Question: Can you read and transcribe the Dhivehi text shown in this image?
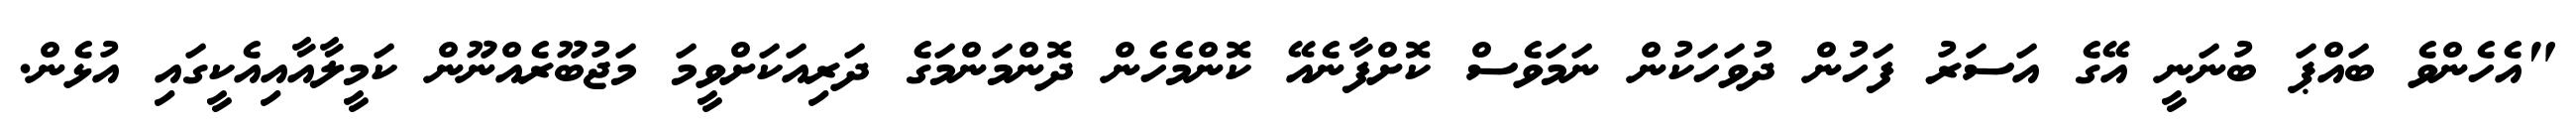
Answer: "އެހެންވެ ބައްޕަ ބުނަނީ އޭގެ އަސަރު ފަހުން ދުވަހަކުން ނަމަވެސް ކޮށްފާނެއޭ ކޮންމެހެން ދޮންމަންމަގެ ދަރިއަކަށްވީމަ މަޖުބޫރެއްނޫން ކަމީލާއާއިއެކީގައި އުޅެން.